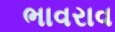
ભાવરાવ